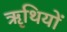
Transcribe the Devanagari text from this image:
ॠथियों